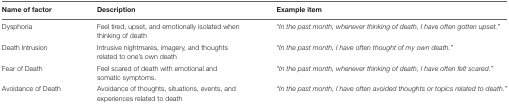
| Name of factor | Description | Example item |
 | --- | --- | --- |
 | Dysphoria | Feel tired, upset, and emotionally isolated when thinking of death | “In the past month, whenever thinking of death, I have often gotten upset.” |
 | Death Intrusion | Intrusive nightmares, imagery, and thoughts related to one’s own death | “In the past month, I have often thought of my own death.” |
 | Fear of Death | Feel scared of death with emotional and somatic symptoms. | “In the past month, whenever thinking of death, I have often felt scared.” |
 | Avoidance of Death | Avoidance of thoughts, situations, events, and experiences related to death | “In the past month, I have often avoided thoughts or topics related to death.” |